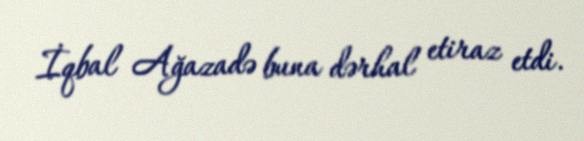
İqbal Ağazadə buna dərhal etiraz etdi.